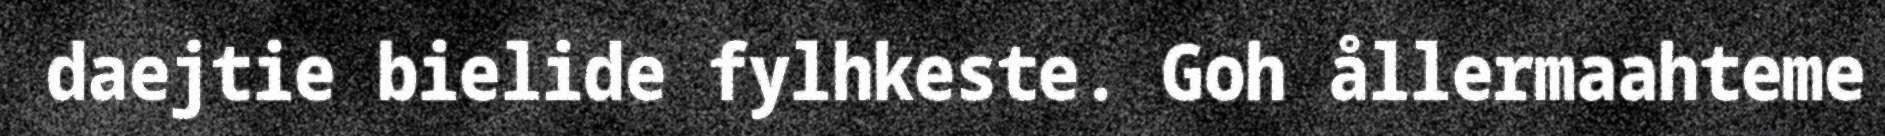
daejtie bielide fylhkeste. Goh ållermaahteme